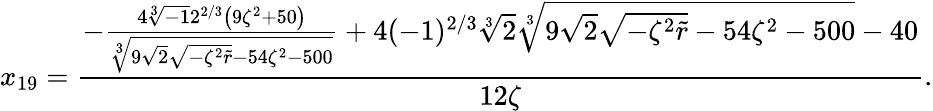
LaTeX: x_{19}=\frac{-\frac{4\sqrt[3]{-1}2^{2/3}\left(9\zeta^{2}+50\right)}{\sqrt[3]{9\sqrt{2}\sqrt{-\zeta^{2}\tilde{r}}-54\zeta^{2}-500}}+4(-1)^{2/3}\sqrt[3]{2}\sqrt[3]{9\sqrt{2}\sqrt{-\zeta^{2}\tilde{r}}-54\zeta^{2}-500}-40}{12\zeta}.